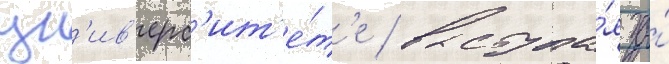
ун'ив'ерс'ит'е́т'е / выступа́я за́